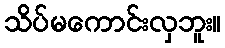
သိပ်မကောင်းလှဘူး။